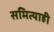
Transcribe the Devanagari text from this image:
समित्याही